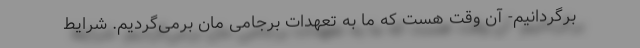
برگردانیم- آن وقت هست که ما به تعهدات برجامی مان برمی‌گردیم. شرایط